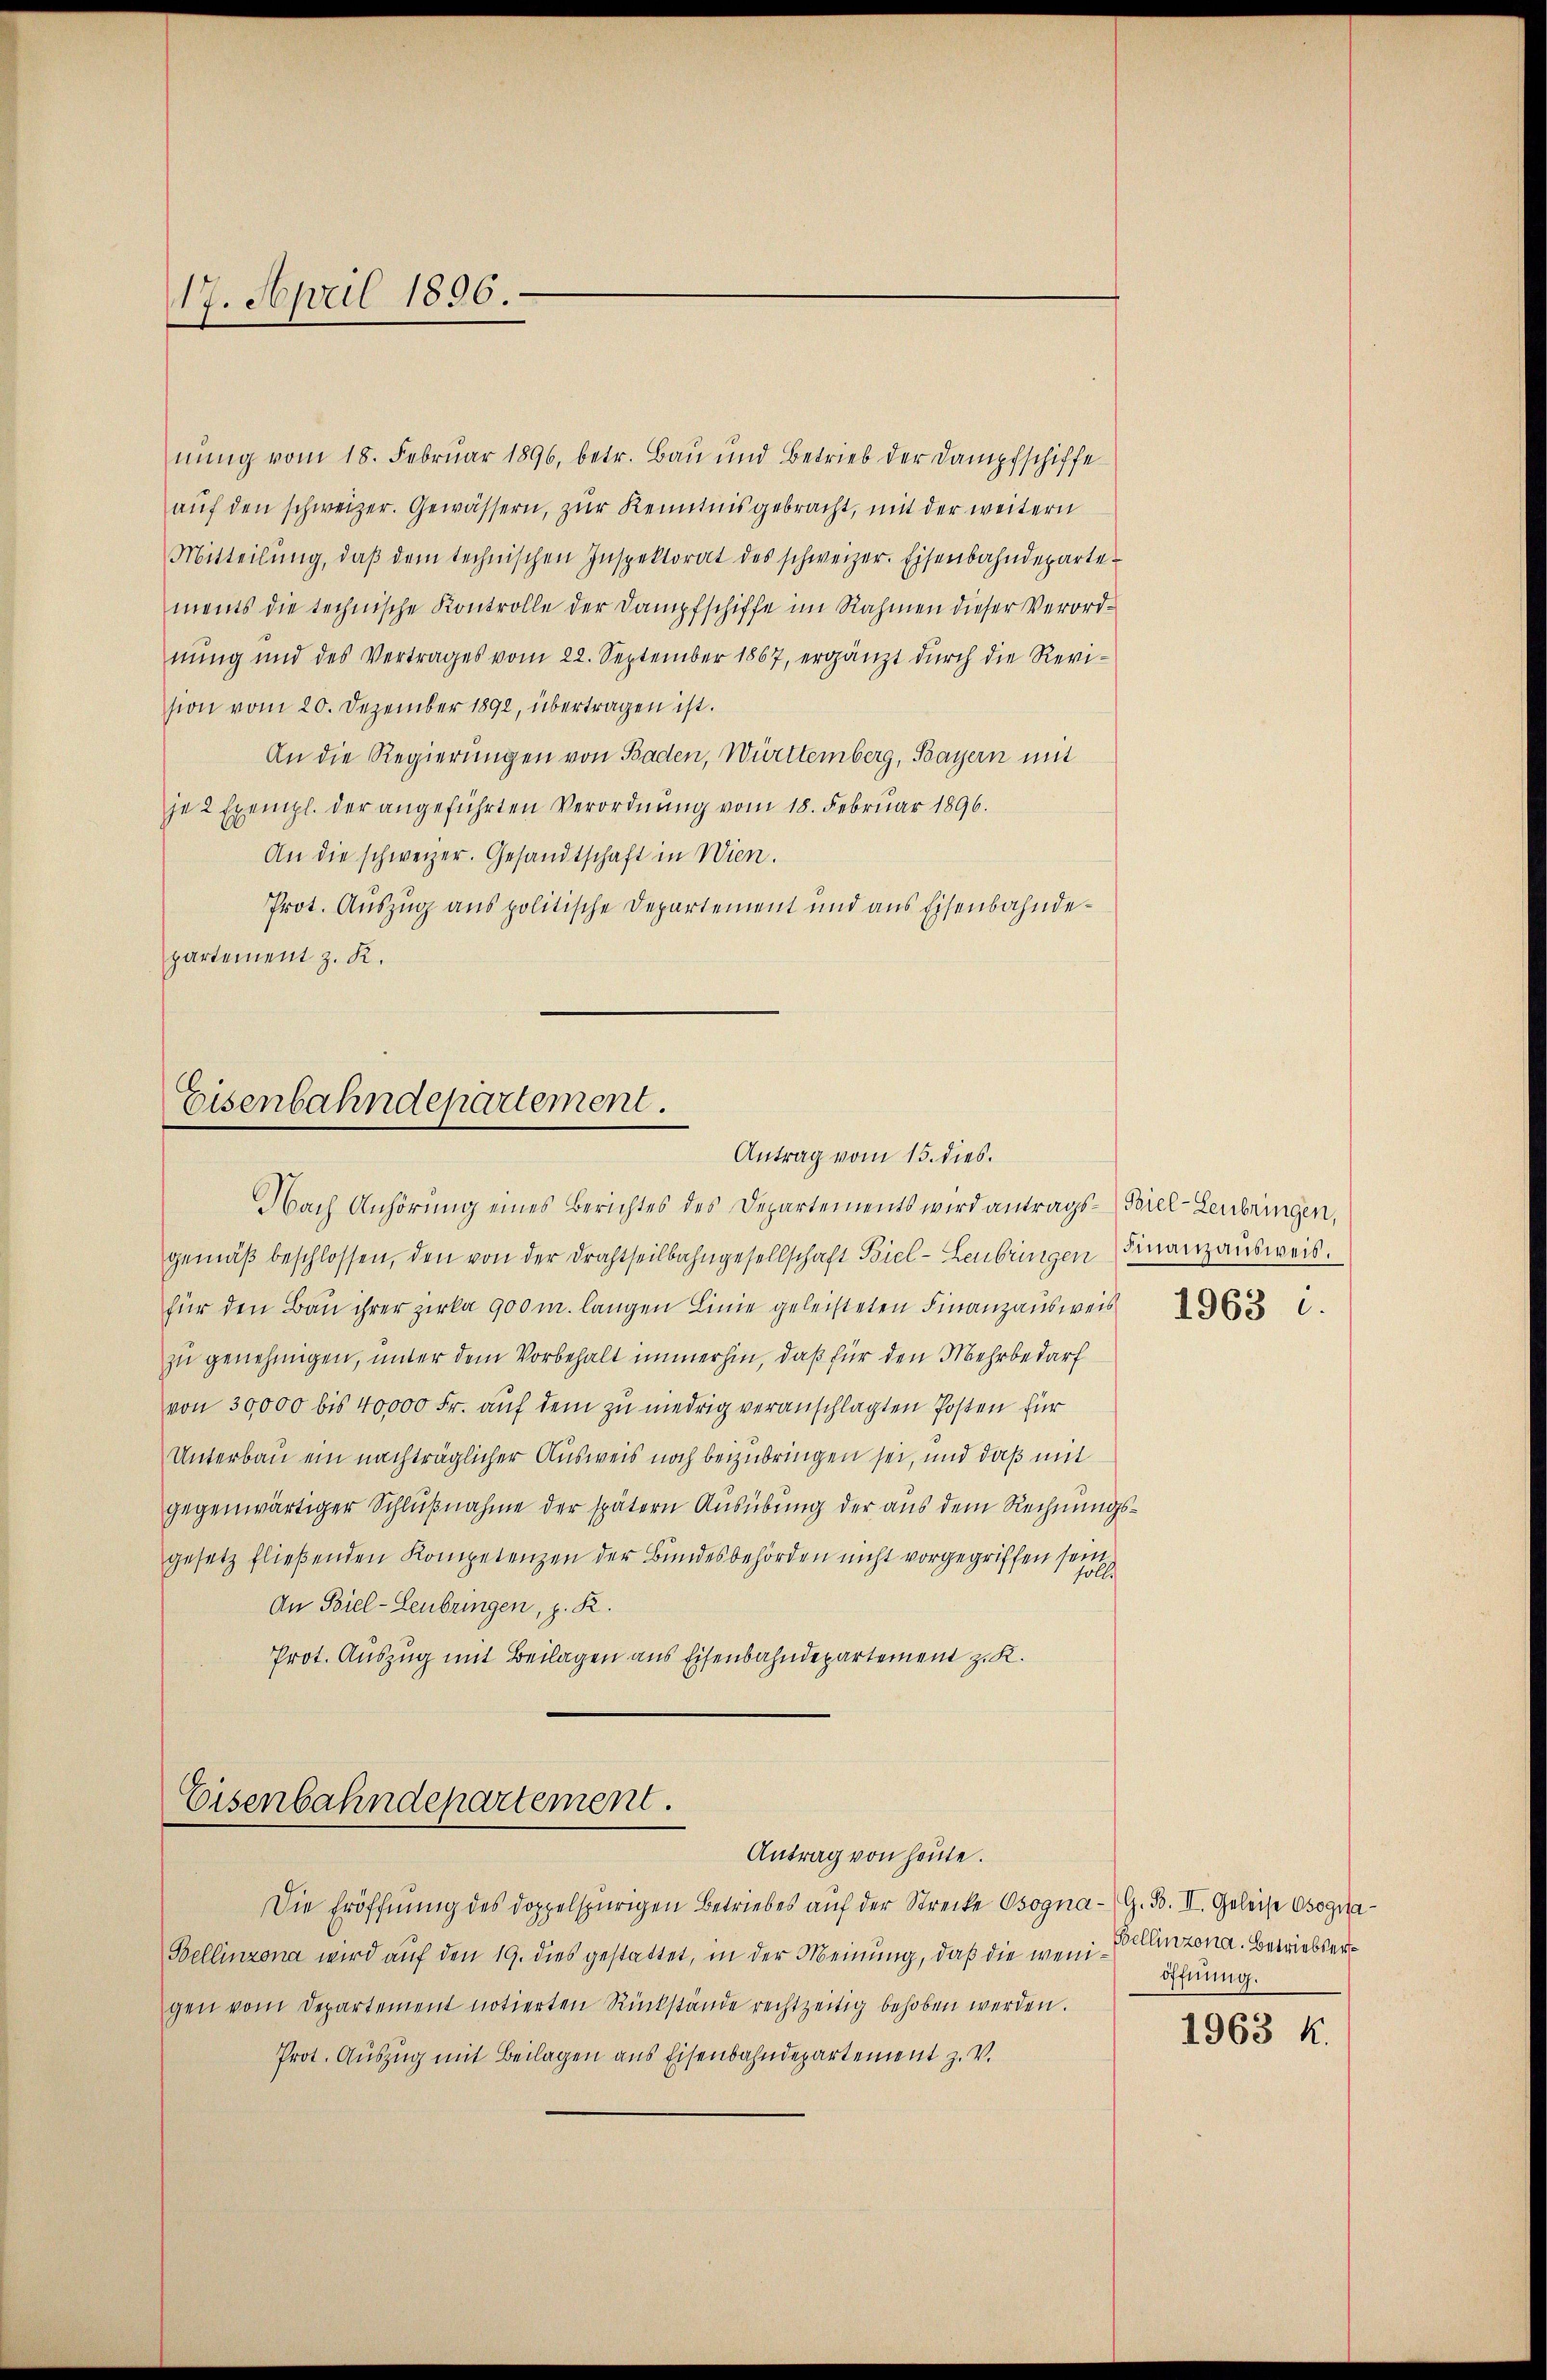
17. April 1896.

nung vom 18. Februar 1896, betr. Bau und Betrieb der Dampfschiffe
aŭf den schweizer. Gewässern, zŭr Kenntnisgebracht, mit der weitern
Mitteilŭng, daβ dem technischen Inspektorat des schweizer. Eisenbahndeparte
ments die technische Kontrolle der Dampfschiffe im Rahmen dieser Verordnŭng und des Vertrages vom 22. September 1867, ergänzt dŭrch die Revi-
sion vom 20. Dezember 1892, übertragen ist.
An die Regierungen von Baden, Württemberg, Bayern mit
je 2 Exempl. der angeführten Verordnung vom 18. Februar 1896.
An die schweizer. Gesandtschaft in Wien.
Prot. Auszug aus politische Departement und aus Eisenbahndepartement z. K.

Eisenbahndepartement.
Antrag vom 15. dies.

Eisenbahndepartement.
Antrag von heute.

Nach Anhörung eines Berichtes des Departements wird antrags- Biel-Lenbringen,

Die Eröffnung des doppelspurigen Betriebes auf der Strecke Osogna - G. B. II. Geleise Osogna¬
Bellinzona wird auf den 19. dies gestattet, in der Meinung, daß die wenigen vom Departement notierten Rückstände rechtzeitig behoben werden.
Prot. Auszug mit Beilagen aus Eisenbahndepartement z. V.

gemäß beschlossen, den von der Drahtheilbahngesellschaft Biel - Leubringen
für den Bau ihrer Zirka 900 m. langen Linie geleisteten Finanzausweis
zu genehmigen, unter dem Vorbehalt immerhin, daß für den Mehrbedarf
von 30,000 bis 40000 Fr. auf dem zu niedrig veranschlagten Posten für
Unterbau ein nachträglicher Ausweis noch beizubringen sei, und daß mit
gegenwärtiger Schlußnahme der spätern Ausübung der aus dem Rechnungsgesetz fließenden Kompetenzen der Bundesbehörden nicht vorgegriffen sei
An Biel-Lenbringen, z. R.
Prot. Auszug mit Beilagen aus Eisenbahndepartement z. K.

Finanzausweis.

Bellinzona. Betriebseröffnung.
1963 k.